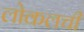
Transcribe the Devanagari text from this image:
लोकलची